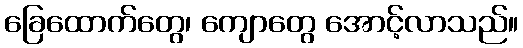
ခြေထောက်တွေ၊ ကျောတွေ အောင့်လာသည်။